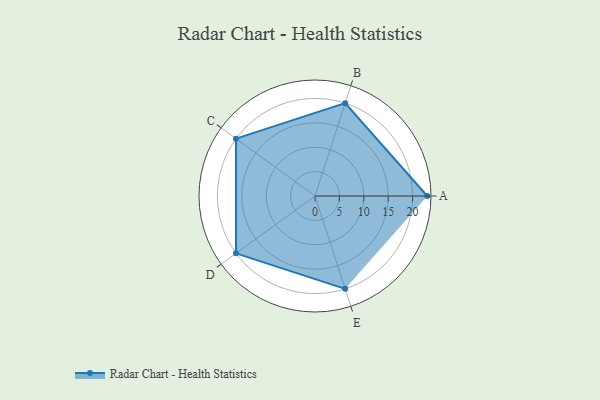
{"axis": {"x": "Skill", "y": "Score"}, "legend": ["Profile"], "data": [{"x": "A", "y": 23.0, "type": "Profile"}, {"x": "B", "y": 20, "type": "Profile"}, {"x": "C", "y": 20, "type": "Profile"}, {"x": "D", "y": 20, "type": "Profile"}, {"x": "E", "y": 20, "type": "Profile"}]}